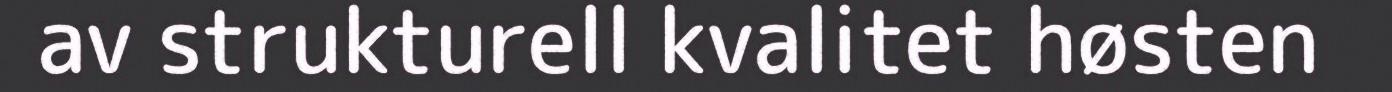
av strukturell kvalitet høsten